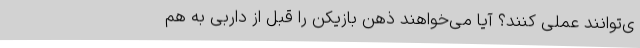
ی‌توانند عملی کنند؟ آیا می‌خواهند ذهن بازیکن را قبل از داربی به هم